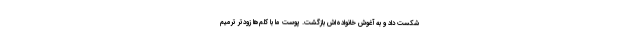
شکست داد و به آغوش خانواده‌اش بازگشت. پوست ما با کَلَم‌ها زودتر ترمیم